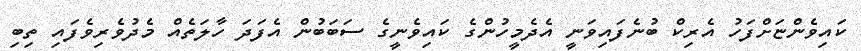
ކައިވެންޏަށްފަހު އެރިކް ބުނެފައިވަނީ އެދެމީހުންގެ ކައިވެނީގެ ސަބަބުން އެފަދަ ހާލަތެއް މެދުވެރިވެފައި ތިބި